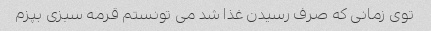
توی زمانی که صرف رسیدن غذا شد می تونستم قرمه سبزی بپزم